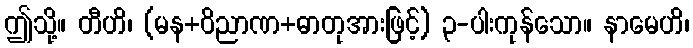
ဤသို့။ တီဟိ၊ (မန+ဝိညာဏ+ဓာတုအားဖြင့်) ၃-ပါးကုန်သော။ နာမေဟိ၊